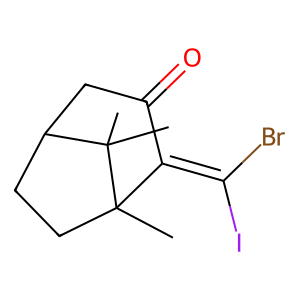
SMILES: CC12CCC(CC(=O)C1=C(Br)I)C2(C)C
Inhibits HIV replication: No